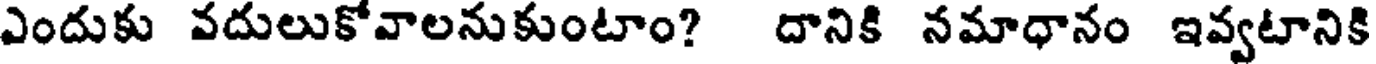
ఎందుకు వదులుకోవాలనుకుంటాం? దానికి నమాధానం ఇవ్వటానికి